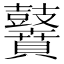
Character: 𪔵